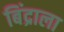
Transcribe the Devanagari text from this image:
बिंद्राला